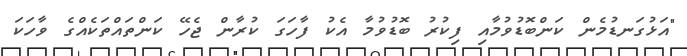
"އަޅުގަނޑުމެން ކަންބޮޑުވުމާއި ފިކުރު ބޮޑުވުމާ އެކު ފާހަގަ ކުރާން ޖެހޭ ކަންތައްތަކެއްގެ ވާހަކަ